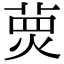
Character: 𤋂